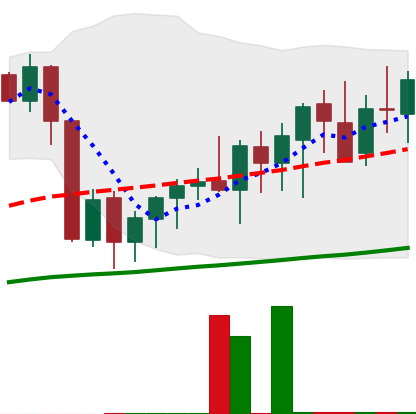
Ticker: XMR-USD
Chart end date: 2020-09-19
Forward return: -4.121%
Label: down_3_5